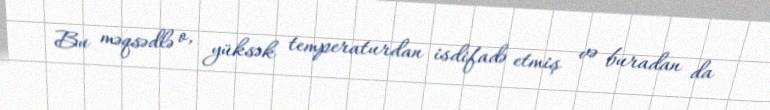
Bu məqsədlə o, yüksək temperaturdan isdifadə etmiş və buradan da